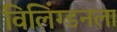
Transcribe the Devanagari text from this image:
विलिंग्डनला